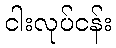
ငါးလုပ်ငန်း